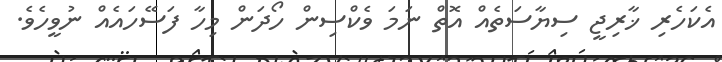
އެކަހެރި ޚާރިޖީ ސިޔާސަތެއް އޮތް ނަމަ ވެކްސިން ހޯދަން މިހާ ފަސޭހައެއް ނުވީހެވެ.